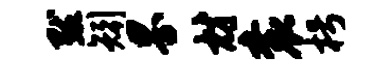
默矧界材衮枵